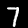
Label: 7